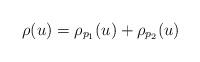
LaTeX: \begin{align*} \rho(u)=\rho_{p_1}(u)+\rho_{p_2}(u) \end{align*}